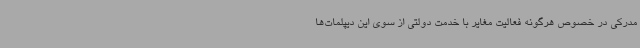
مدرکی در خصوص هرگونه فعالیت مغایر با خدمت دولتی از سوی این دیپلمات‌ها